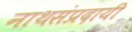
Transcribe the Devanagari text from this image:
नाथसंप्रदायी